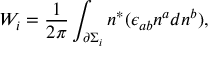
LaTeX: W _ { i } = \frac 1 { 2 \pi } \int _ { \partial \Sigma _ { i } } n ^ { * } ( \epsilon _ { a b } n ^ { a } d n ^ { b } ) ,